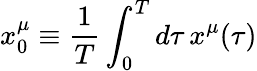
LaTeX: x_{0}^{\mu}\equiv{\frac{1}{T}}\int_{0}^{T}d\tau\, x^{\mu}(\tau)